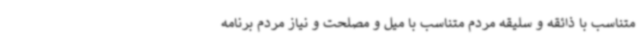
متناسب با ذائقه و سلیقه مردم متناسب با میل و مصلحت و نیاز مردم برنامه